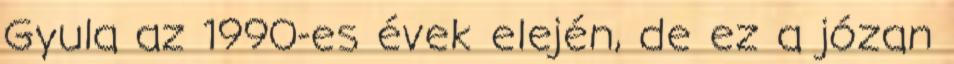
Gyula az 1990-es évek elején, de ez a józan